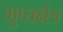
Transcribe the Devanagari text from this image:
गुप्तक्षेत्र